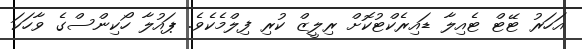
އަހަރު ޓޭޓް ޓެއިލާ ޑައިރެކްޓުކޮށް ރިލީޒް ކުރި ފިލްމެކެވެ. ޕައުލާ ހޯކިންސްގެ ވާހަކަ